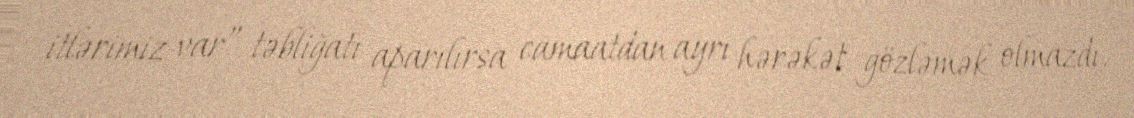
itlərimiz var” təbliğatı aparılırsa camaatdan ayrı hərəkət gözləmək olmazdı.